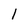
Character: I